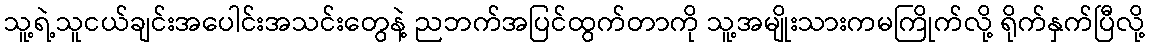
သူ့ရဲ့သူငယ်ချင်းအပေါင်းအသင်းတွေနဲ့ ညဘက်အပြင်ထွက်တာကို သူ့အမျိုးသားကမကြိုက်လို့ ရိုက်နှက်ပြီလို့